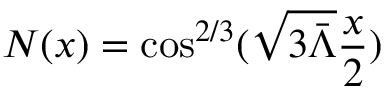
N ( x ) = \cos ^ { 2 / 3 } ( \sqrt { 3 \bar { \Lambda } } \frac x 2 )